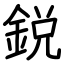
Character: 鋭